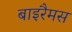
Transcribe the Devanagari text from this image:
बाइरैमस